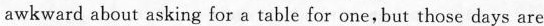
awkward about asking for a table for one,but those days are